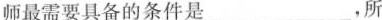
师最需要具备的条件是___，所